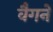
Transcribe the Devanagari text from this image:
वैगनें